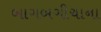
બાગબગીચાના